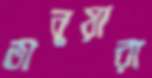
ভানুয়ারা